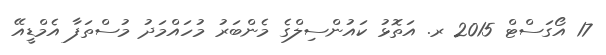
17 އޯގަސްޓް 2015 ރ. އަތޮޅު ކައުންސިލްގެ މެންބަރު މުހައްމަދު މުސްތަފާ އެމްޑީއޭ